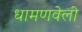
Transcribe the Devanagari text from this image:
धामणवेली